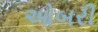
ઓબરી